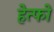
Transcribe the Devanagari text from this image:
हेत्फो